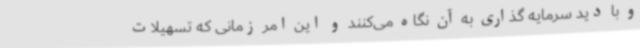
و با دید سرمایه گذاری به آن نگاه می‌کنند و این امر زمانی که تسهیلات